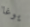
يوغا